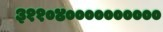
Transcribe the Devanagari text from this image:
३११०४००००००००००